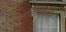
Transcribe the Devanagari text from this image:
अतिविकल